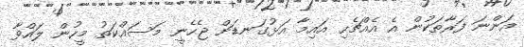
އަންނަ ފަރާތަކުން އެ އެއްޗެހި އައިމާ އަޅުގަނޑަށް ޖެހެނީ މަސައްކަތު މީހުން ލައްވާ